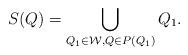
LaTeX: \begin{align*}S(Q)=\bigcup_{Q_1\in \mathcal{W},Q\in P(Q_1)}Q_1.\end{align*}